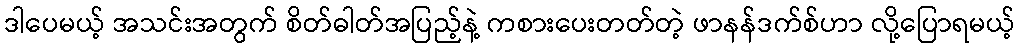
ဒါပေမယ့် အသင်းအတွက် စိတ်ဓါတ်အပြည့်နဲ့ ကစားပေးတတ်တဲ့ ဖာနန်ဒက်စ်ဟာ လို့ပြောရမယ့်